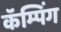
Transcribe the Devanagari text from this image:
कॅम्पिंग